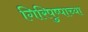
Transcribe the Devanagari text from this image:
गिरिपुष्पाच्या